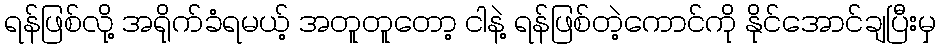
ရန်ဖြစ်လို့ အရိုက်ခံရမယ့် အတူတူတော့ ငါနဲ့ ရန်ဖြစ်တဲ့ကောင်ကို နိုင်အောင်ချပြီးမှ